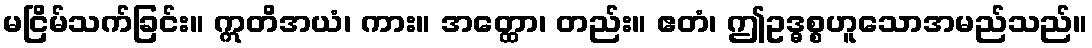
မငြိမ်သက်ခြင်း။ ဣတိအယံ၊ ကား။ အတ္ထော၊ တည်း။ ဧတံ၊ ဤဥဒ္ဓစ္စဟူသောအမည်သည်။